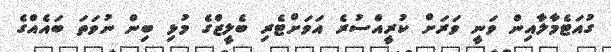
ގުއަޓެމާލާއިން ވަނީ ވަރަށް ކުރީއްސުރެ އަވަށްޓެރި ބެލީޒްގެ މުޅި ބިން ނުވަތަ ބައެއްގެ